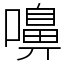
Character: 嚊